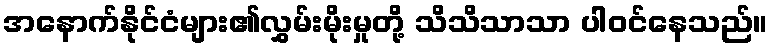
အနောက်နိုင်ငံများ၏လွှမ်းမိုးမှုတို့ သိသိသာသာ ပါဝင်နေသည်။